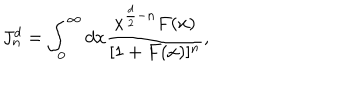
LaTeX: J _ { n } ^ { d } = \int _ { 0 } ^ { \infty } d x \frac { x ^ { \frac { d } { 2 } - n } F ( x ) } { [ 1 + F ( x ) ] ^ { n } } ,